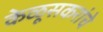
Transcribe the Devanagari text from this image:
केळूसकरांचे